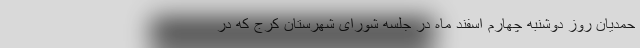
حمدیان روز دوشنبه چهارم اسفند ماه در جلسه شورای شهرستان کرج که در